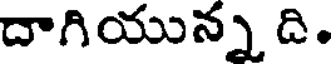
దాగియున్న ది.